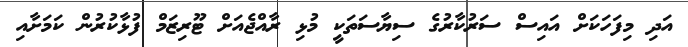
އަދި މިފަހަކަށް އައިސް ސަރުކާރުގެ ސިޔާސަތަކީ މުޅި ރާއްޖެއަށް ޓޫރިޒަމް ފުޅާކުރުން ކަމަށާއި